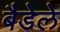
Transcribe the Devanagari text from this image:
बैडेले